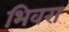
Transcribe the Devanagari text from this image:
भिवरा